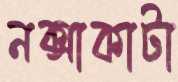
নক্সাকাটা